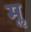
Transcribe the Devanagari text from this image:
मॢ